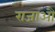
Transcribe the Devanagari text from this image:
राजाऔं